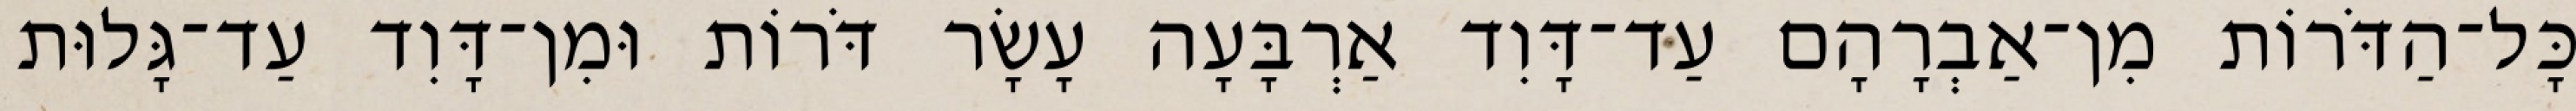
כָּל־הַדֹּרוֹת מִן־אַבְרָהָם עַד־דָּוִד אַרְבָּעָה עָשָׂר דֹּרוֹת וּמִן־דָּוִד עַד־גָּלוּת